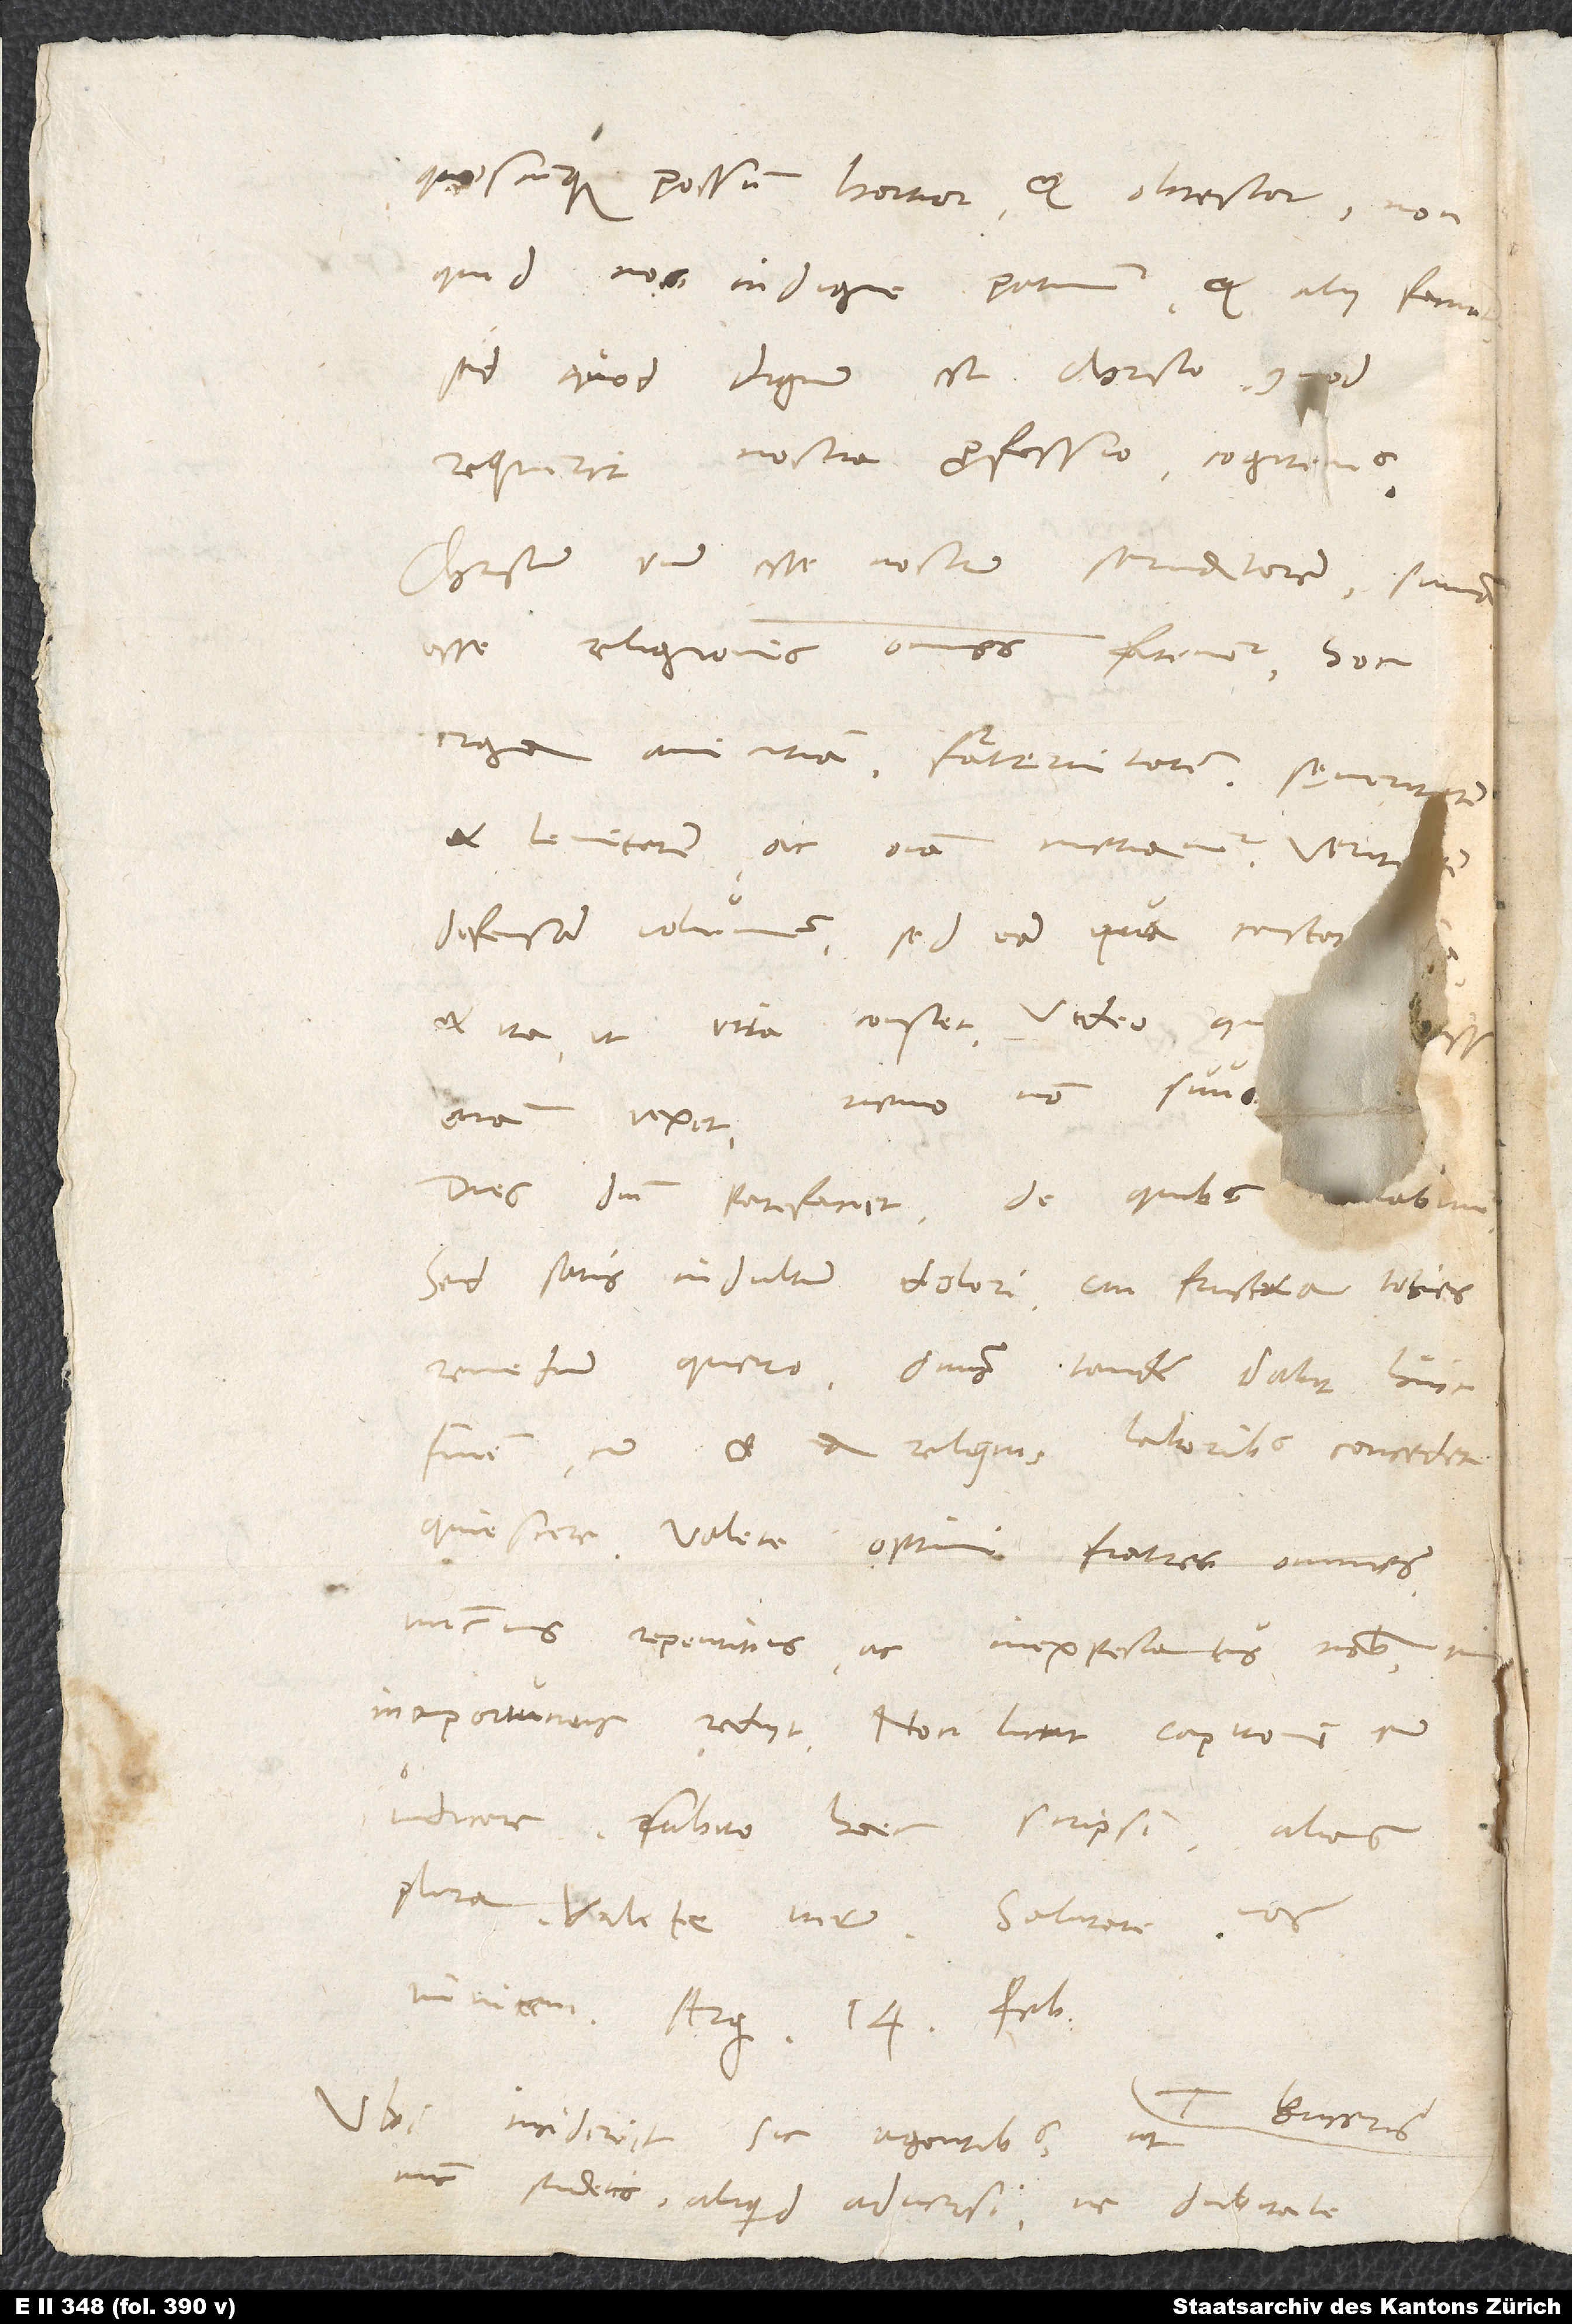
quoscunque possum hortor et obtestor, non
quid nos indigne patimur et alii faciunt,
sed quod dignum est Christo, quod
requirit nostra professio, cogitemus.
Christum unum esse nostrum servatorem summam
esse religionis omnes fatemur. Hoc
erga amicitiam, fraternitatem, sęveritatem
et lenitatem ac omnia metiamur. Veritatem
defensam volumus, sed eam, qua constat
et ita, ut vita constet. Video,
etiam vexit, nemo non suus
Dies domini patefaciet, de quibus ...abimur.
Sed satis indultum dolori, cui frustra toties
remedium quero. Dominus tandem dabit huic
finem, cum et a reliquis laboribus concedet
Nuncius repentinus ac inexpectatus nobis iam
inoportunus rediit, non licet Capitoni eum
indicare, subito haec scripsi, alias
plura. Valete iterum. Salutate vos
Ubi inciderit sic agentibus, ut
nunc studetis, aliquid adversi, ne dubitate,